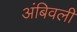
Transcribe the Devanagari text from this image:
अंबिवली